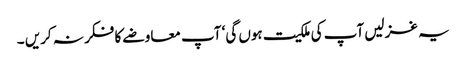
یہ غزلیں آپ کی ملکیت ہوں گی‘ آپ معاوضے کا فکر نہ کریں ۔